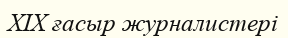
XIX ғасыр журналистері